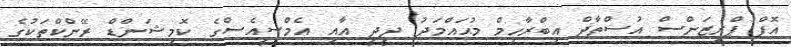
އޮފް ޕްރިޒަންސް އުސްތާޛް އިބްރާހިމް މުޙައްމަދު ދީދީ އާއި އެމްސީއެސްގެ ކޮމިޝަންޑް ރޭންކްތަކުގެ